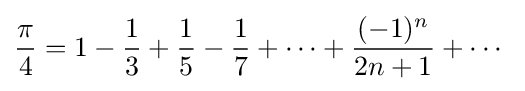
{\frac {\pi }{4}}=1-{\frac {1}{3}}+{\frac {1}{5}}-{\frac {1}{7}}+\cdots +{\frac {(-1)^{n}}{2n+1}}+\cdots \